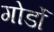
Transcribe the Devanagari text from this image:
गोर्डो